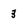
Character: 3